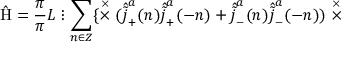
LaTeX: \hat { \mathrm { H } } = \frac { \pi } { \pi } { L } \vdots \sum _ { n \in \cal Z } \{ \stackrel { \times } { \times } ( \hat { \tilde { j } } _ { + } ^ { a } ( n ) \hat { \tilde { j } } _ { + } ^ { a } ( - n ) + \hat { \tilde { j } } _ { - } ^ { a } ( n ) \hat { \tilde { j } } _ { - } ^ { a } ( - n ) ) \stackrel { \times } { \times }